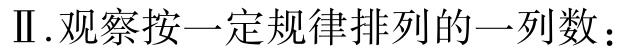
Ⅱ.观察按一定规律排列的一列数：